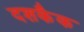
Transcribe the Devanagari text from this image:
दशकैक